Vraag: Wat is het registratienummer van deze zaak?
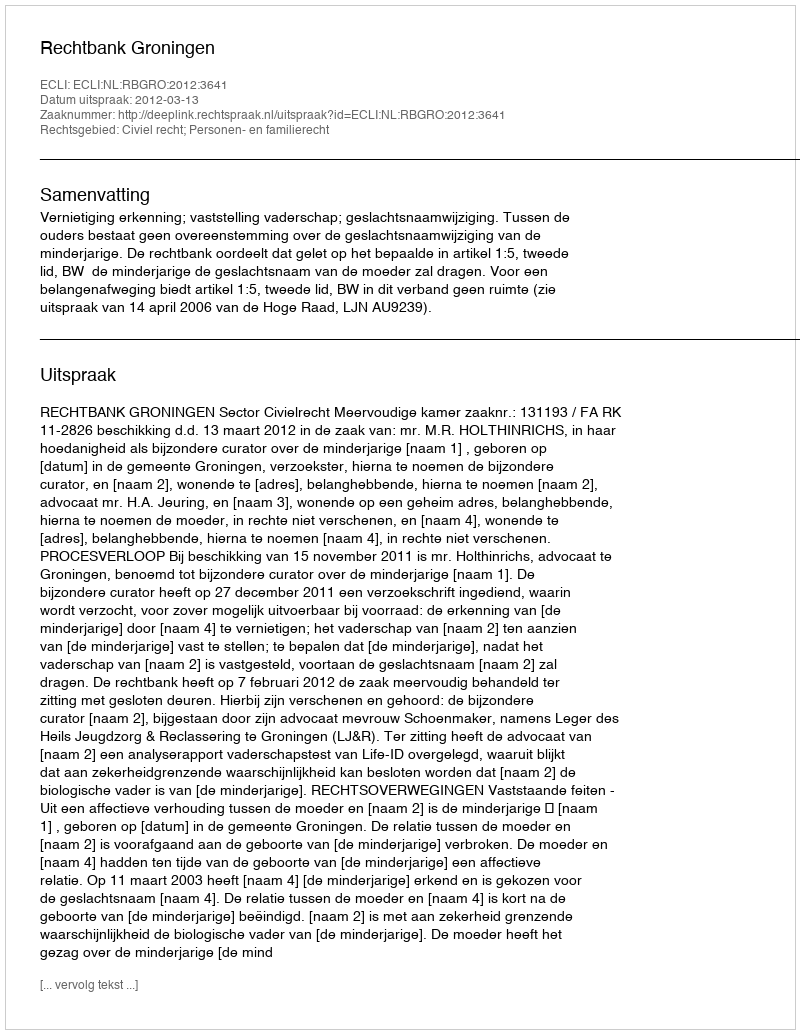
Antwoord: http://deeplink.rechtspraak.nl/uitspraak?id=ECLI:NL:RBGRO:2012:3641